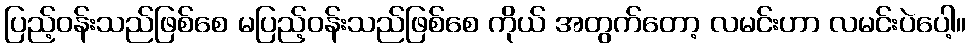
ပြည့်ဝန်းသည်ဖြစ်စေ မပြည့်ဝန်းသည်ဖြစ်စေ ကိုယ် အတွက်တော့ လမင်းဟာ လမင်းပဲပေါ့။